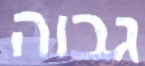
גבוה